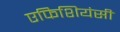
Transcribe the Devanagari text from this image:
एफिशियंसी